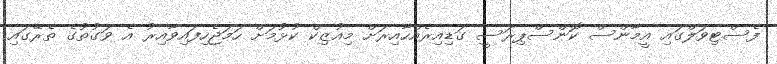
ފެސްޓިވަލްގައި އީމާންސް ކޮންސްޕިރަސީ ގަޑިއިރެއްހާއިރަށް މިއުޒިކް ކުޅުމަށް ހަމަޖެހިފައިވާއިރު އެ ވަގުތުގެ ތެރޭގައި